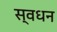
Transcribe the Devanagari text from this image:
स्वधन